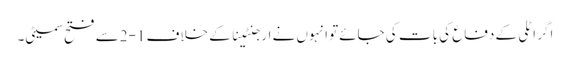
اگر اٹلی کے دفاع کی بات کی جائےتو انہوں نے ارجنٹینا کے خلاف 1-2سے فتح سمیٹی۔